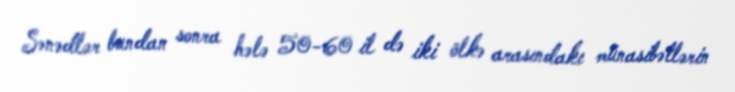
Sənədlər bundan sonra hələ 50-60 il də iki ölkə arasındakı münasibətlərin